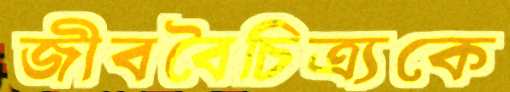
জীববৈচিত্র্যকে